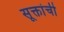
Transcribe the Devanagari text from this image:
सूक्तांची